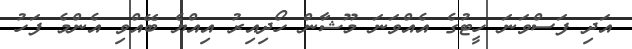
އަދި ފަސްވަނަ ހީޓުގެ އެއްވަނަ މޫޝާން ހޯދިއިރު އިއްޔެ ބޭއްވި އެންމެ ފަހު